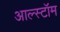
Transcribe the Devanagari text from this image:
आल्स्टॉम